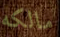
مالكه